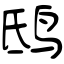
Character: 鸱